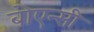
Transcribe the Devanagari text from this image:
बोएन्सी